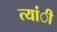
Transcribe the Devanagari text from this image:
त्यांी